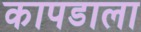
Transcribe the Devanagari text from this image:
कापडाला